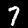
Digit: 7